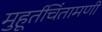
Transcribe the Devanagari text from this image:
मुहूर्तचिंतामणी